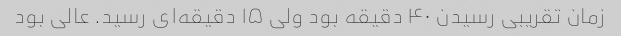
زمان تقریبی رسیدن ۴۰ دقیقه بود ولی ۱۵ دقیقه‌ای رسید. عالی بود